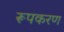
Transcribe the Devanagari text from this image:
रूपकरण